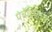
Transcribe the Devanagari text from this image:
पंचेंद्रियांच्या